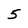
Character: 5